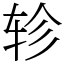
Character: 轸